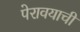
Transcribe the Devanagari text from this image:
पेरावयाची